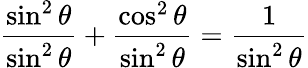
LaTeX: {\frac{\sin^{2}\theta}{\sin^{2}\theta}}+{\frac{\cos^{2}\theta}{\sin^{2}\theta}}={\frac{1}{\sin^{2}\theta}}